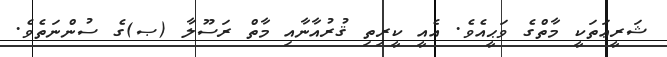
ޝަރީޢަތަކީ މާތްގެ ވަޙީއެވެ. އެއީ ކީރިތި ޤުރުއާނާއި މާތް ރަސޫލާ (ޞ)ގެ ސުންނަތެވެ.